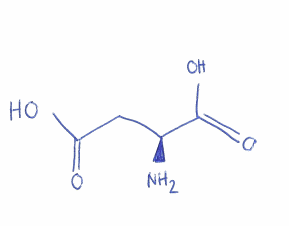
Simplified molecular-input line-entry system (SMILES) notation of the given molecule:
C([C@@H](C(=O)O)N)C(=O)O